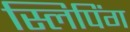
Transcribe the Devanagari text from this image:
स्लिपिंग